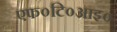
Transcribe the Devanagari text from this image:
एफ०टि०आइ०